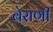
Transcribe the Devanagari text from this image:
बेराणी